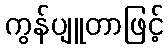
ကွန်ပျူတာဖြင့်